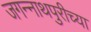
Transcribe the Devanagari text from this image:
जगन्‍नाथपुरीच्या